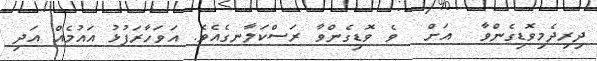
ދިރިދެމިވޮޑިގެންވާ  އަށް  ވެ ވޮޑިގެންވާ ރަސްކަލާނގެއެވެ. އަވަހާރަފުޅު އައުމެއް އަދި